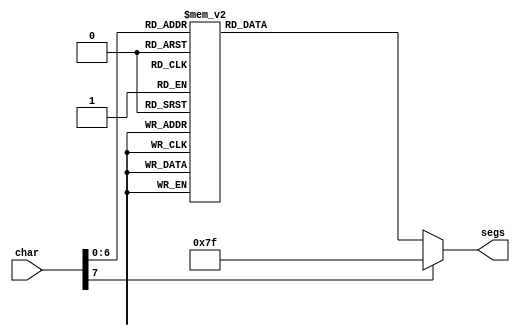
module seven_seg_lut_23 (
    input [7:0] char,
    output reg [7:0] segs
  );
  
  
  
  always @* begin
    
    case (char)
      6'h30: begin
        segs = 8'h3f;
      end
      6'h31: begin
        segs = 8'h06;
      end
      6'h32: begin
        segs = 8'h5b;
      end
      6'h33: begin
        segs = 8'h4f;
      end
      6'h34: begin
        segs = 8'h66;
      end
      6'h35: begin
        segs = 8'h6d;
      end
      6'h36: begin
        segs = 8'h7d;
      end
      6'h37: begin
        segs = 8'h07;
      end
      6'h38: begin
        segs = 8'h7f;
      end
      6'h39: begin
        segs = 8'h67;
      end
      7'h61: begin
        segs = 8'hdc;
      end
      7'h41: begin
        segs = 8'h77;
      end
      7'h62: begin
        segs = 8'h7c;
      end
      7'h42: begin
        segs = 8'h7c;
      end
      7'h63: begin
        segs = 8'h58;
      end
      7'h43: begin
        segs = 8'h39;
      end
      7'h64: begin
        segs = 8'h5e;
      end
      7'h44: begin
        segs = 8'h5e;
      end
      7'h65: begin
        segs = 8'h79;
      end
      7'h45: begin
        segs = 8'h79;
      end
      7'h66: begin
        segs = 8'h71;
      end
      7'h46: begin
        segs = 8'h71;
      end
      7'h67: begin
        segs = 8'h6f;
      end
      7'h47: begin
        segs = 8'h7d;
      end
      7'h68: begin
        segs = 8'h74;
      end
      7'h48: begin
        segs = 8'h76;
      end
      7'h69: begin
        segs = 8'h10;
      end
      7'h49: begin
        segs = 8'h30;
      end
      7'h6a: begin
        segs = 8'h0c;
      end
      7'h4a: begin
        segs = 8'h0e;
      end
      7'h6b: begin
        segs = 8'h78;
      end
      7'h4b: begin
        segs = 8'h78;
      end
      7'h6c: begin
        segs = 8'h18;
      end
      7'h4c: begin
        segs = 8'h38;
      end
      7'h6e: begin
        segs = 8'h54;
      end
      7'h4e: begin
        segs = 8'h37;
      end
      7'h6f: begin
        segs = 8'h5c;
      end
      7'h4f: begin
        segs = 8'h3f;
      end
      7'h70: begin
        segs = 8'h73;
      end
      7'h50: begin
        segs = 8'h73;
      end
      7'h71: begin
        segs = 8'he7;
      end
      7'h51: begin
        segs = 8'hbf;
      end
      7'h72: begin
        segs = 8'h50;
      end
      7'h52: begin
        segs = 8'h33;
      end
      7'h73: begin
        segs = 8'h6d;
      end
      7'h53: begin
        segs = 8'h6d;
      end
      7'h74: begin
        segs = 8'h70;
      end
      7'h54: begin
        segs = 8'h31;
      end
      7'h75: begin
        segs = 8'h9c;
      end
      7'h55: begin
        segs = 8'hbe;
      end
      7'h56: begin
        segs = 8'h1c;
      end
      7'h56: begin
        segs = 8'h3e;
      end
      7'h78: begin
        segs = 8'h76;
      end
      7'h58: begin
        segs = 8'h76;
      end
      7'h79: begin
        segs = 8'h6e;
      end
      7'h59: begin
        segs = 8'h6e;
      end
      7'h7a: begin
        segs = 8'h5b;
      end
      7'h5a: begin
        segs = 8'h5b;
      end
      6'h20: begin
        segs = 8'h00;
      end
      6'h2d: begin
        segs = 8'h40;
      end
      7'h5f: begin
        segs = 8'h08;
      end
      6'h2e: begin
        segs = 8'h80;
      end
      default: begin
        segs = 8'h7f;
      end
    endcase
  end
endmodule